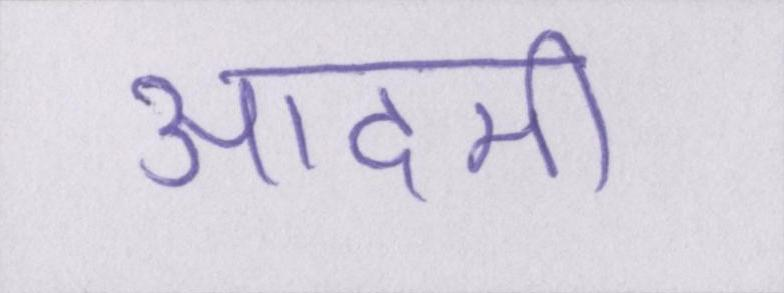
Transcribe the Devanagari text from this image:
आदमी